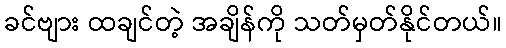
ခင်ဗျား ထချင်တဲ့ အချိန်ကို သတ်မှတ်နိုင်တယ်။